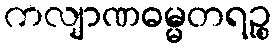
ကလျာဏဓမ္မတရဉ္စ